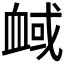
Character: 𧖻